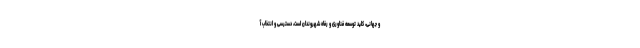
و جهانی، کلید توسعه فناوری و رفاه شهروندان است، دسترسی و انتخاب آ